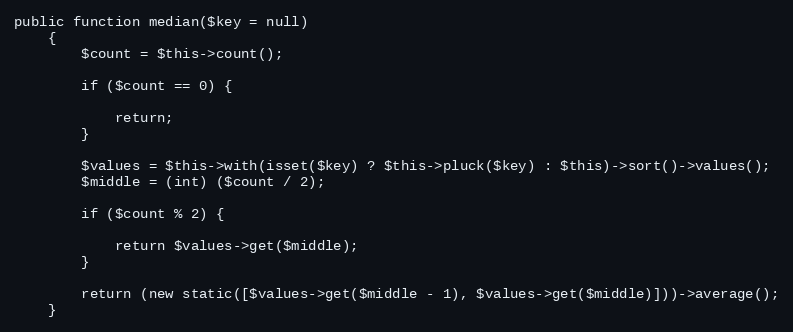
Language: PHP
public function median($key = null)
    {
        $count = $this->count();

        if ($count == 0) {

            return;
        }

        $values = $this->with(isset($key) ? $this->pluck($key) : $this)->sort()->values();
        $middle = (int) ($count / 2);

        if ($count % 2) {

            return $values->get($middle);
        }

        return (new static([$values->get($middle - 1), $values->get($middle)]))->average();
    }